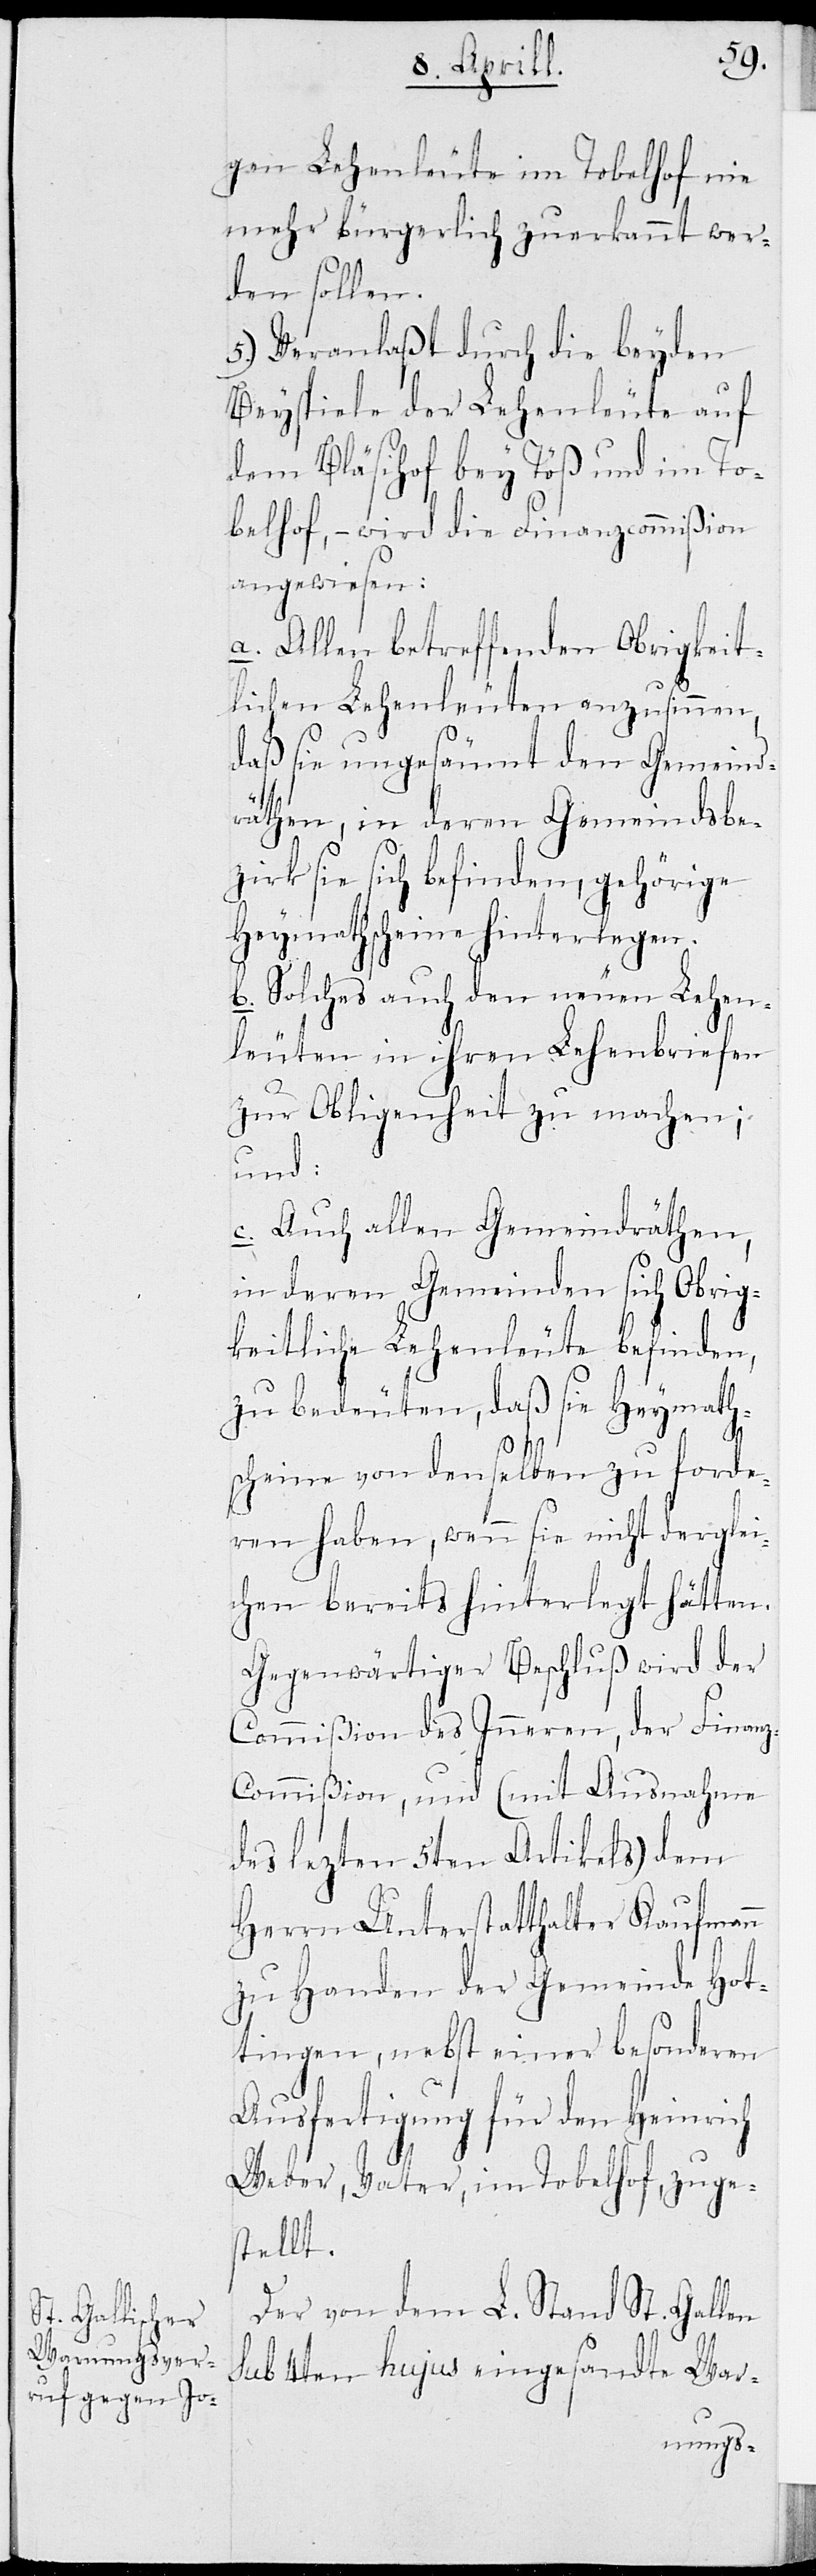
gen Lehenleute im Tobelhof nie
mehr bürgerlich zuerkennt wer¬
den sollen.
5.) Veranlaßt durch die beyden
Beyspiele der Lehenleute auf
dem Bläsihof bey Töß und im To¬
belhof, – wird die Finanzcommißion
angewiesen:
a. Allen betreffenden Obrigkeit¬
lichen Lehenleuten anzusinnen,
daß sie ungesäumt den Gemeind¬
räthen, in deren Gemeindsbe¬
zirk sie sich befinden, gehörige
Heymathscheine hinterlegen.
b. Solches auch den neuen Lehen¬
leuten in ihren Lehenbriefen
zur Obligenheit zu machen;
und:
c. Auch allen Gemeindräthen,
in deren Gemeinden sich Obrig¬
keitliche Lehenleute befinden,
zu bedeuten, daß sie Heymath¬
scheine von denselben zu forde¬
ren haben, wenn sie nichts derglei¬
chen bereits hinterlegt hätten.
Gegenwärtiger Beschluß wird der
Commißion des Inneren, der Finan¬
z-Commißion, und (mit Ausnahme
des lezten 5ten Artikels) dem
Herrn Unterstatthalter Kaufmann
zu Handen der Gemeinde Hot¬
tingen, nebst einer besonderen
Ausfertigung für den Heinrich
Weber, Vater, im Tobelhof zuge¬
stellt.
Der von dem L. Stand St. Gallen
sub 4ten hujus eingesandte War-